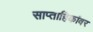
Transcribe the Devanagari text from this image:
साप्ताहिकांवर